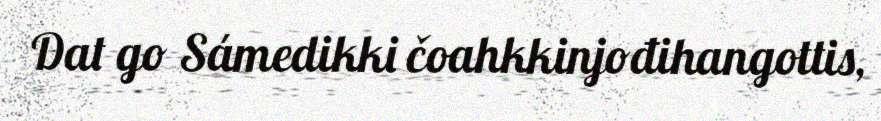
Dat go Sámedikki čoahkkinjođihangottis,